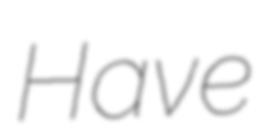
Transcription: Have